Sanitation, dispensaries and jails vaccination Rajputana 1922-1927 - 1922-1927
Year: 1922
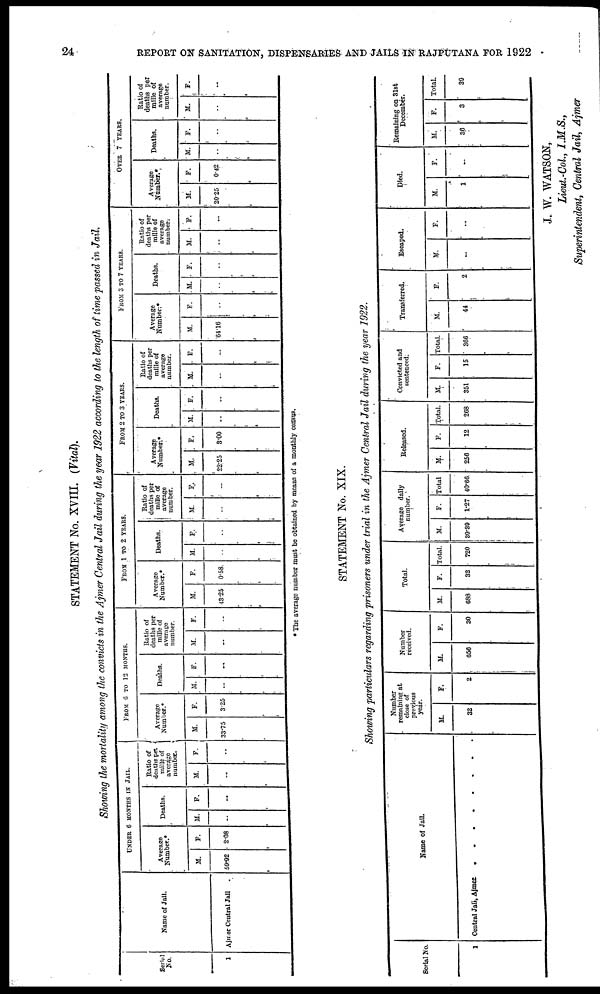
24
REPORT ON SANITATION, DISPENSARIES AND JAILS IN RAJPUTANA FOR 1922
STATEMENT No. XVIII. (Vital).
Showing the mortality among the convicts in the Ajmer Central Jail during the year 1922 according to the length of time passed in Jail.
Serial
No.
1
Name of Jail.
Ajmer Central Jail .
UNDER 6 MONTHS IN JAIL.
Average
Number.*
M.
59.92
F.
2.08
Deaths.
M.
..
F.
..
Ratio of
deaths per
mille of
average
number.
M.
..
F.
..
FROM 6 TO 12 MONTHS.
Average
Number.*
M.
33.75
F.
3.25
Deaths.
M.
..
F.
..
Ratio of
deaths per
mille of
average
number.
M.
..
F.
..
FROM 1 TO 2 YEARS.
Average
Number.*
M.
43.25
F.
0.58
Deaths.
M.
..
F.
..
Ratio of
deaths per
mille of
average
number.
M.
..
F.
..
FROM 2 TO 3 YEARS.
Average
Number *
M.
22.25
F.
3.00
Deaths.
M.
..
F.
..
Ratio of
deaths per
mille of
average
number.
M.
..
F.
..
FROM 3 TO 7 YEARS.
Average
Number. *
M.
64.16
F.
..
Deaths.
M.
..
F.
..
Ratio of
deaths per
mille of
average
number.
M.
..
F.
..
OVER 7 YEARS.
Average
Number.*
M.
20.25
F.
0.42
Deaths.
M.
..
F.
..
Ratio of
deaths per
mille of
average
number.
M.
..
F.
..
* The average number must be obtained by means of a monthly census.
STATEMENT No. XIX.
Showing particulars regarding prisoners under trial in the Ajmer Central Jail during the year 1922.
Serial No.
1
Name of Jail.
Central Jali, Ajmer
.
.
.
.
.
.
Number
remaining at
close of
previous
year.
M.
32
F.
2
Number
received.
M.
656
F.
30
Total.
M.
688
F.
32
Total.
720
Average daily
number.
M.
39.39
F.
1.27
Total
40.66
Released.
M.
256
F.
12
Total.
268
Convicted and
sentenced.
M.
351
F.
15
Total.
366
Transferred.
M.
44
E.
2
Escaped.
M.
..
F.
..
Died.
M.
1
F.
..
Remaining on 31st
December.
M.
36
F.
3
Total.
39
J. W. WATSON,
Lieut.-Col., I.M.S.,
Superintendent, Central Jail, Ajmer